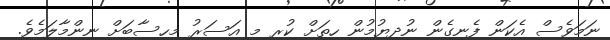
ނަމަވެސް އެކަން ފެނިގެން ނުދިޔުމުން ހިތަށް ކުރި މި އަސަރު މިހިސާބަށް ނިންމާލަމެވެ.